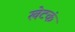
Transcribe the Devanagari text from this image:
खेटकं